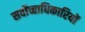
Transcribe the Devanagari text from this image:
सर्वोच्चाधिकारियों